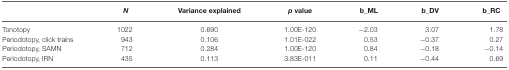
<table><thead><tr><td></td><td><b><i>N</i></b></td><td><b>Variance explained</b></td><td><b><i>p</i> value</b></td><td><b>b_ML</b></td><td><b>b_DV</b></td><td><b>b_RC</b></td></tr></thead><tbody><tr><td>Tonotopy</td><td>1022</td><td>0.690</td><td>1.00E-120</td><td>−2.03</td><td>3.07</td><td>1.78</td></tr><tr><td>Periodotopy, click trains</td><td>943</td><td>0.106</td><td>1.01E-022</td><td>0.53</td><td>−0.37</td><td>0.27</td></tr><tr><td>Periodotopy, SAMN</td><td>712</td><td>0.284</td><td>1.00E-120</td><td>0.84</td><td>−0.18</td><td>−0.14</td></tr><tr><td>Periodotopy, IRN</td><td>435</td><td>0.113</td><td>3.83E-011</td><td>0.11</td><td>−0.44</td><td>0.69</td></tr></tbody></table>